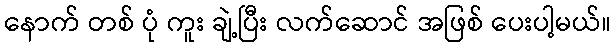
နောက် တစ် ပုံ ကူး ချဲ့ပြီး လက်ဆောင် အဖြစ် ပေးပါ့မယ်။